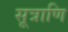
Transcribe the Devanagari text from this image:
सूत्राणि